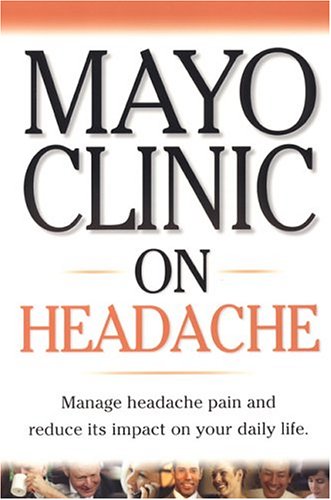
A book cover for Mayo Clinic On Headache ("MAYO CLINIC ON" SERIES); Jerry Swanson M.D.; Health, Fitness & Dieting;